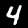
Digit: 4